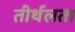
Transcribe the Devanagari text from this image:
तीर्थलता